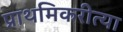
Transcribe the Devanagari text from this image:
प्राथमिकरीत्या